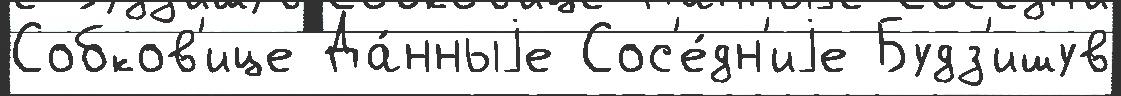
Собков'ице Да́нныjе Сос'е́дн'иjе Будз'ишув